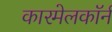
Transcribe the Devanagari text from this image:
कारमेलकॉर्न